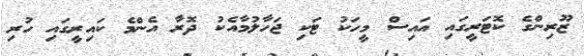
ޒޫރިންގެ ކޮޓަރީގައި އައިސް މީހަކު ޓަކި ޖަހާލުމާއެކު ދޮރާ އެންމެ ކައިރީގައި ހުރި